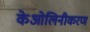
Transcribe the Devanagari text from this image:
केओलिनीकरण